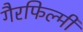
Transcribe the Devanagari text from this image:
गैरफिल्मी